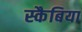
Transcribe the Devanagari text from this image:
स्कैबिया